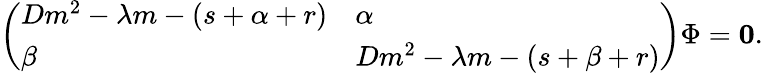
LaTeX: \begin{array}{r}{\left(\begin{array}{ll}{Dm^{2}-\lambda m-(s+\alpha+r)}&{\alpha}\\ {\beta}&{Dm^{2}-\lambda m-(s+\beta+r)}\end{array}\right)\Phi=\mathbf{0}.}\end{array}